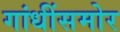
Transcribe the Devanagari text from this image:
गांधींसमोर